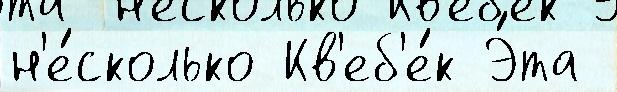
н'е́сколько Кв'еб'е́к Э́та